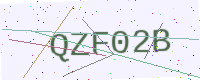
Text: QZF02B